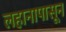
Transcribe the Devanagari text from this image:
लहानापासून